Sketch of the medical history of the native army of Bombay, for the year
Year: 1876
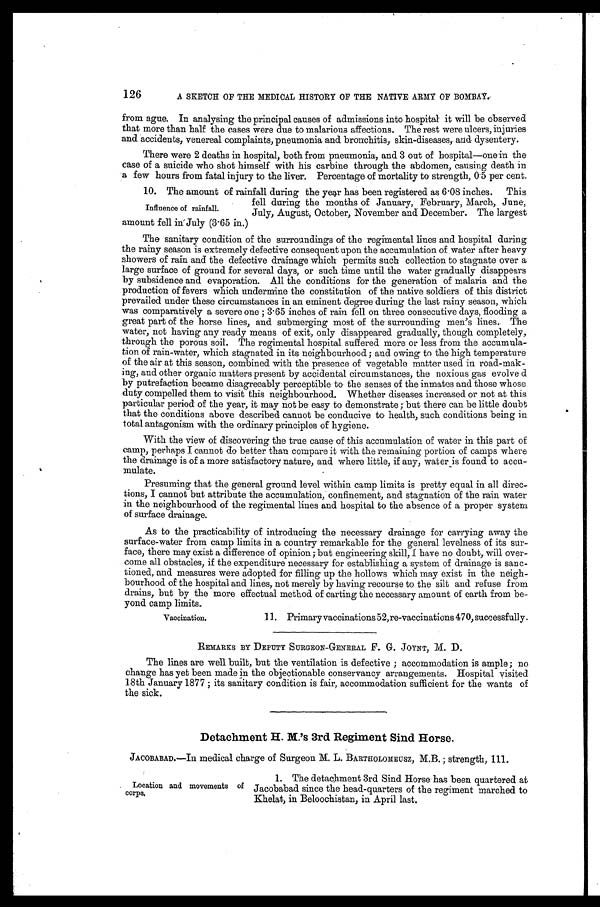
126
A SKETCH OF THE MEDICAL HISTORY OF THE NATIVE ARMY OF BOMBAY.
from ague. In analysing the principal causes of admissions into hospital it will be observed
that more than half the cases were due to malarious affections. The rest were ulcers, injuries
and accidents, venereal complaints, pneumonia and bronchitis, skin-diseases, and dysentery.
There were 2 deaths in hospital, both from pneumonia, and 3 out of hospital—one in the
case of a suicide who shot himself with his carbine through the abdomen, causing death in
a few hours from fatal injury to the liver. Percentage of mortality to strength, 0 . 5 per cent.
10. The amount of rainfall during the year has been registered as 6 . 08 inches. This
fell during the months of January, February, March, June,
Influence of rainfall.
July, August, October, November and December. The largest
amount fell in July (3 . 65 in.)
The sanitary condition of the surroundings of the regimental lines and hospital during
the rainy season is extremely defective consequent upon the accumulation of water after heavy
showers of rain and the defective drainage which- permits such collection to stagnate over a
large surface of ground for several days, or such time until the water gradually disappears
by subsidence and evaporation. All the conditions for the generation of malaria and the
production of fevers which undermine the constitution of the native soldiers of this district
prevailed under these circumstances in an eminent degree during the last rainy season, which
was comparatively a severe one; 3 . 65 inches of rain fell on three consecutive days, flooding a
great part of the horse lines, and submerging most of the surrounding men's lines. The
water, not having any ready means of exit, only disappeared gradually, though completely,
through the porous soil. The regimental hospital suffered more or less from the accumula
tion of rain-water, which stagnated in its neighbourhood; and owing to the high temperature
of the air at this season, combined with the presence of vegetable matter used in road-mak-
-ing, and other organic matters present by accidental circumstances, the noxious gas evolved
by putrefaction became disagreeably perceptible to . the senses of the inmates and those whose
duty compelled them to visit this neighbourhood. Whether diseases increased or not at this
particular period of the year, it may not be easy to demonstrate; but there can be little doubt
that the conditions above described cannot be conducive to health, such conditions being in
total antagonism with the ordinary principles of hygiene.
With the view of discovering the true cause of this accumulation of water in this part of
camp, perhaps I cannot do better than compare it with the remaining portion of camps where
the drainage is of a more satisfactory nature, and where little, if any, water is found to accu-
mulate.
Presuming that the general ground level within camp limits is pretty equal in all direc-
tions, I cannot but attribute the accumulation, confinement, and stagnation of the rain water
in the neighbourhood of the regimental lines and hospital to the absence of a proper system
of surface drainage.
As to the practicability of introducing the necessary drainage for carrying away the
surface-water from camp limits in a country remarkable for the general levelness of its sur
face, there may exist a difference of opinion; but engineering skill, I have no doubt, will over-
come all obstacles, if the expenditure necessary for establishing a system of drainage is sanc-
tioned, and measures were adopted for filling up the hollows which may exist in the neigh-
bourhood of the hospital and lines, not merely by having recourse to the silt and refuse from
drains, but by the more effectual method of carting the necessary amount of earth from be-
yond camp limits.
Vaccination.
11. Primary vaccinations 52, re-vaccination s 470, successfully,
REMARKS BY DEPUTY SURGEON-GENERAL F. G. JOYNT, M. D.
The lines are well built, but the ventilation is defective; accommodation is ample; no
change has yet been made in the objectionable conservancy arrangements. Hospital visited
18th January 1877; its sanitary condition is fair, accommodation sufficient for the wants of
the sick.
Detachment H. M.'s 3rd Regiment Sind Horse.
JACOBABAD.—In medical charge of Surgeon M. L. BARTHOLOMEUSZ, M.B.; strength, 111.
1. The detachment 3rd Sind Horse has been quartered at
Location and movements of
Jacobabad since the head-quarters of the regiment marched to
corps.
Khelat, in Beloochistan, in April last,